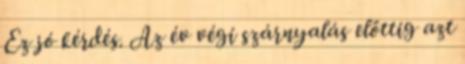
Ez jó kérdés. Az év végi szárnyalás előttig azt